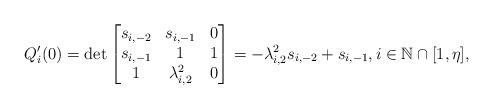
LaTeX: \begin{align*}&Q_{i}'(0) = \det\begin{bmatrix}s_{i,-2} & s_{i,-1} & 0\\s_{i,-1} & 1 & 1\\1 & \lambda_{i,2}^{2} & 0\end{bmatrix} = -\lambda_{i,2}^{2}s_{i,-2}+s_{i,-1}, i\in\mathbb{N}\cap[1,\eta],\end{align*}